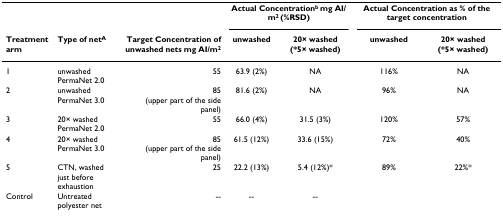
<table><thead><tr><td>[EMPTY_CELL]</td><td>[EMPTY_CELL]</td><td>[EMPTY_CELL]</td><td colspan="2"><b>Actual Concentration<sup>b </sup>mg AI/m<sup>2 </sup>(%RSD)</b></td><td colspan="2"><b>Actual Concentration as % of the target concentration</b></td></tr><tr><td><b>Treatment arm</b></td><td><b>Type of net<sup>A</sup></b></td><td><b>Target Concentration of unwashed nets mg AI/m<sup>2</sup></b></td><td><b>unwashed</b></td><td><b>20× washed (*5× washed)</b></td><td><b>unwashed</b></td><td><b>20× washed (*5× washed)</b></td></tr></thead><tbody><tr><td>1</td><td>unwashed PermaNet 2.0</td><td>55</td><td>63.9 (2%)</td><td>NA</td><td>116%</td><td>NA</td></tr><tr><td>2</td><td>unwashed PermaNet 3.0</td><td>85 (upper part of the side panel)</td><td>81.6 (2%)</td><td>NA</td><td>96%</td><td>NA</td></tr><tr><td>3</td><td>20× washed PermaNet 2.0</td><td>55</td><td>66.0 (4%)</td><td>31.5 (3%)</td><td>120%</td><td>57%</td></tr><tr><td>4</td><td>20× washed PermaNet 3.0</td><td>85 (upper part of the side panel)</td><td>61.5 (12%)</td><td>33.6 (15%)</td><td>72%</td><td>40%</td></tr><tr><td>5</td><td>CTN, washed just before exhaustion</td><td>25</td><td>22.2 (13%)</td><td>5.4 (12%)*</td><td>89%</td><td>22%*</td></tr><tr><td>Control</td><td>Untreated polyester net</td><td>--</td><td>--</td><td>--</td><td>[EMPTY_CELL]</td><td>[EMPTY_CELL]</td></tr></tbody></table>